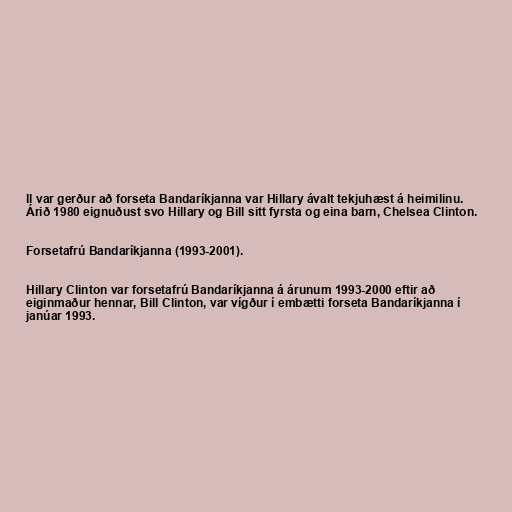
ll var gerður að forseta Bandaríkjanna var Hillary ávalt tekjuhæst á heimilinu.
Árið 1980 eignuðust svo Hillary og Bill sitt fyrsta og eina barn, Chelsea Clinton.

Forsetafrú Bandaríkjanna (1993-2001).

Hillary Clinton var forsetafrú Bandaríkjanna á árunum 1993-2000 eftir að
eiginmaður hennar, Bill Clinton, var vígður í embætti forseta Bandaríkjanna í
janúar 1993.